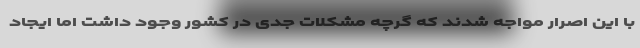
با این اصرار مواجه شدند که گرچه مشکلات جدی در کشور وجود داشت اما ایجاد